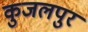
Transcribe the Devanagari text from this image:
कुजलपुर